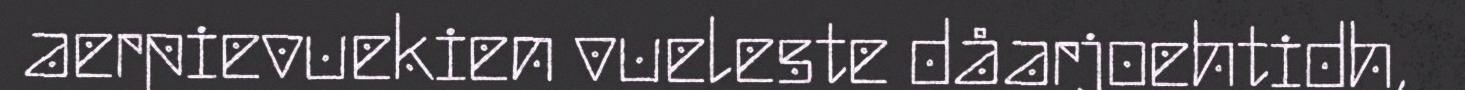
aerpievuekien vueleste dåarjoehtidh,